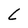
Character: L